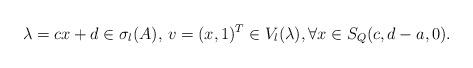
LaTeX: \begin{align*}\lambda=cx+d\in \sigma_l(A),\, v=(x,1)^T\in V_l(\lambda),\forall x\in S_Q(c,d-a,0).\end{align*}